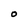
Character: O